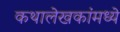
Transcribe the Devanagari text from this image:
कथालेखकांमध्ये